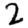
Digit: 2